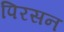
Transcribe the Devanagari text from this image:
पिरसन